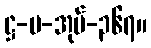
ဋ္ဌ-ပ-အုပ်-၃၆၇။